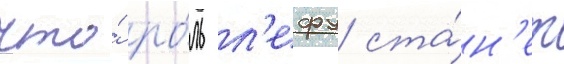
что́ ро́ль л'ефу ста́н'ет